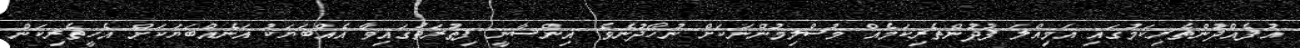
އުފެއްދުންތެރިކަމުގައި އަމިއްލަ ފުދުންތެރިކަމެއް މުސްލިމުންނަކަށް ނުހޯދުނެވެ. އިންސާނީ ފިޠުރަތުގައިވާ އެއްބަޔަކު އަނެއްބަޔަކަށް އެހީތެރިކަން